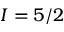
I = 5 / 2